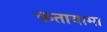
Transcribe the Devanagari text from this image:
कतायामा